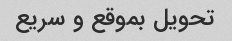
تحویل بموقع و سریع